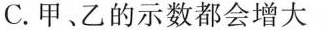
C. 甲、乙的示数都会增大